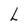
Character: L